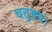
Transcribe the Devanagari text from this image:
चतुष्टय।